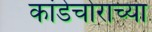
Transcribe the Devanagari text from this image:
कांडेचोराच्या